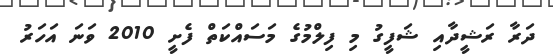
ދަރާ ރަޝީދާއި ޝަފީގު މި ފިލްމުގެ މަސައްކަތް ފެށީ 2010 ވަނަ އަހަރު